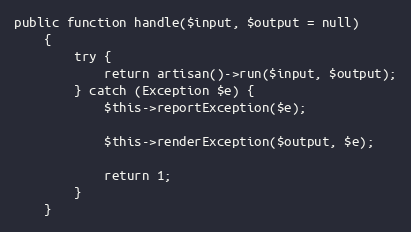
Language: PHP
public function handle($input, $output = null)
    {
        try {
            return artisan()->run($input, $output);
        } catch (Exception $e) {
            $this->reportException($e);

            $this->renderException($output, $e);

            return 1;
        }
    }